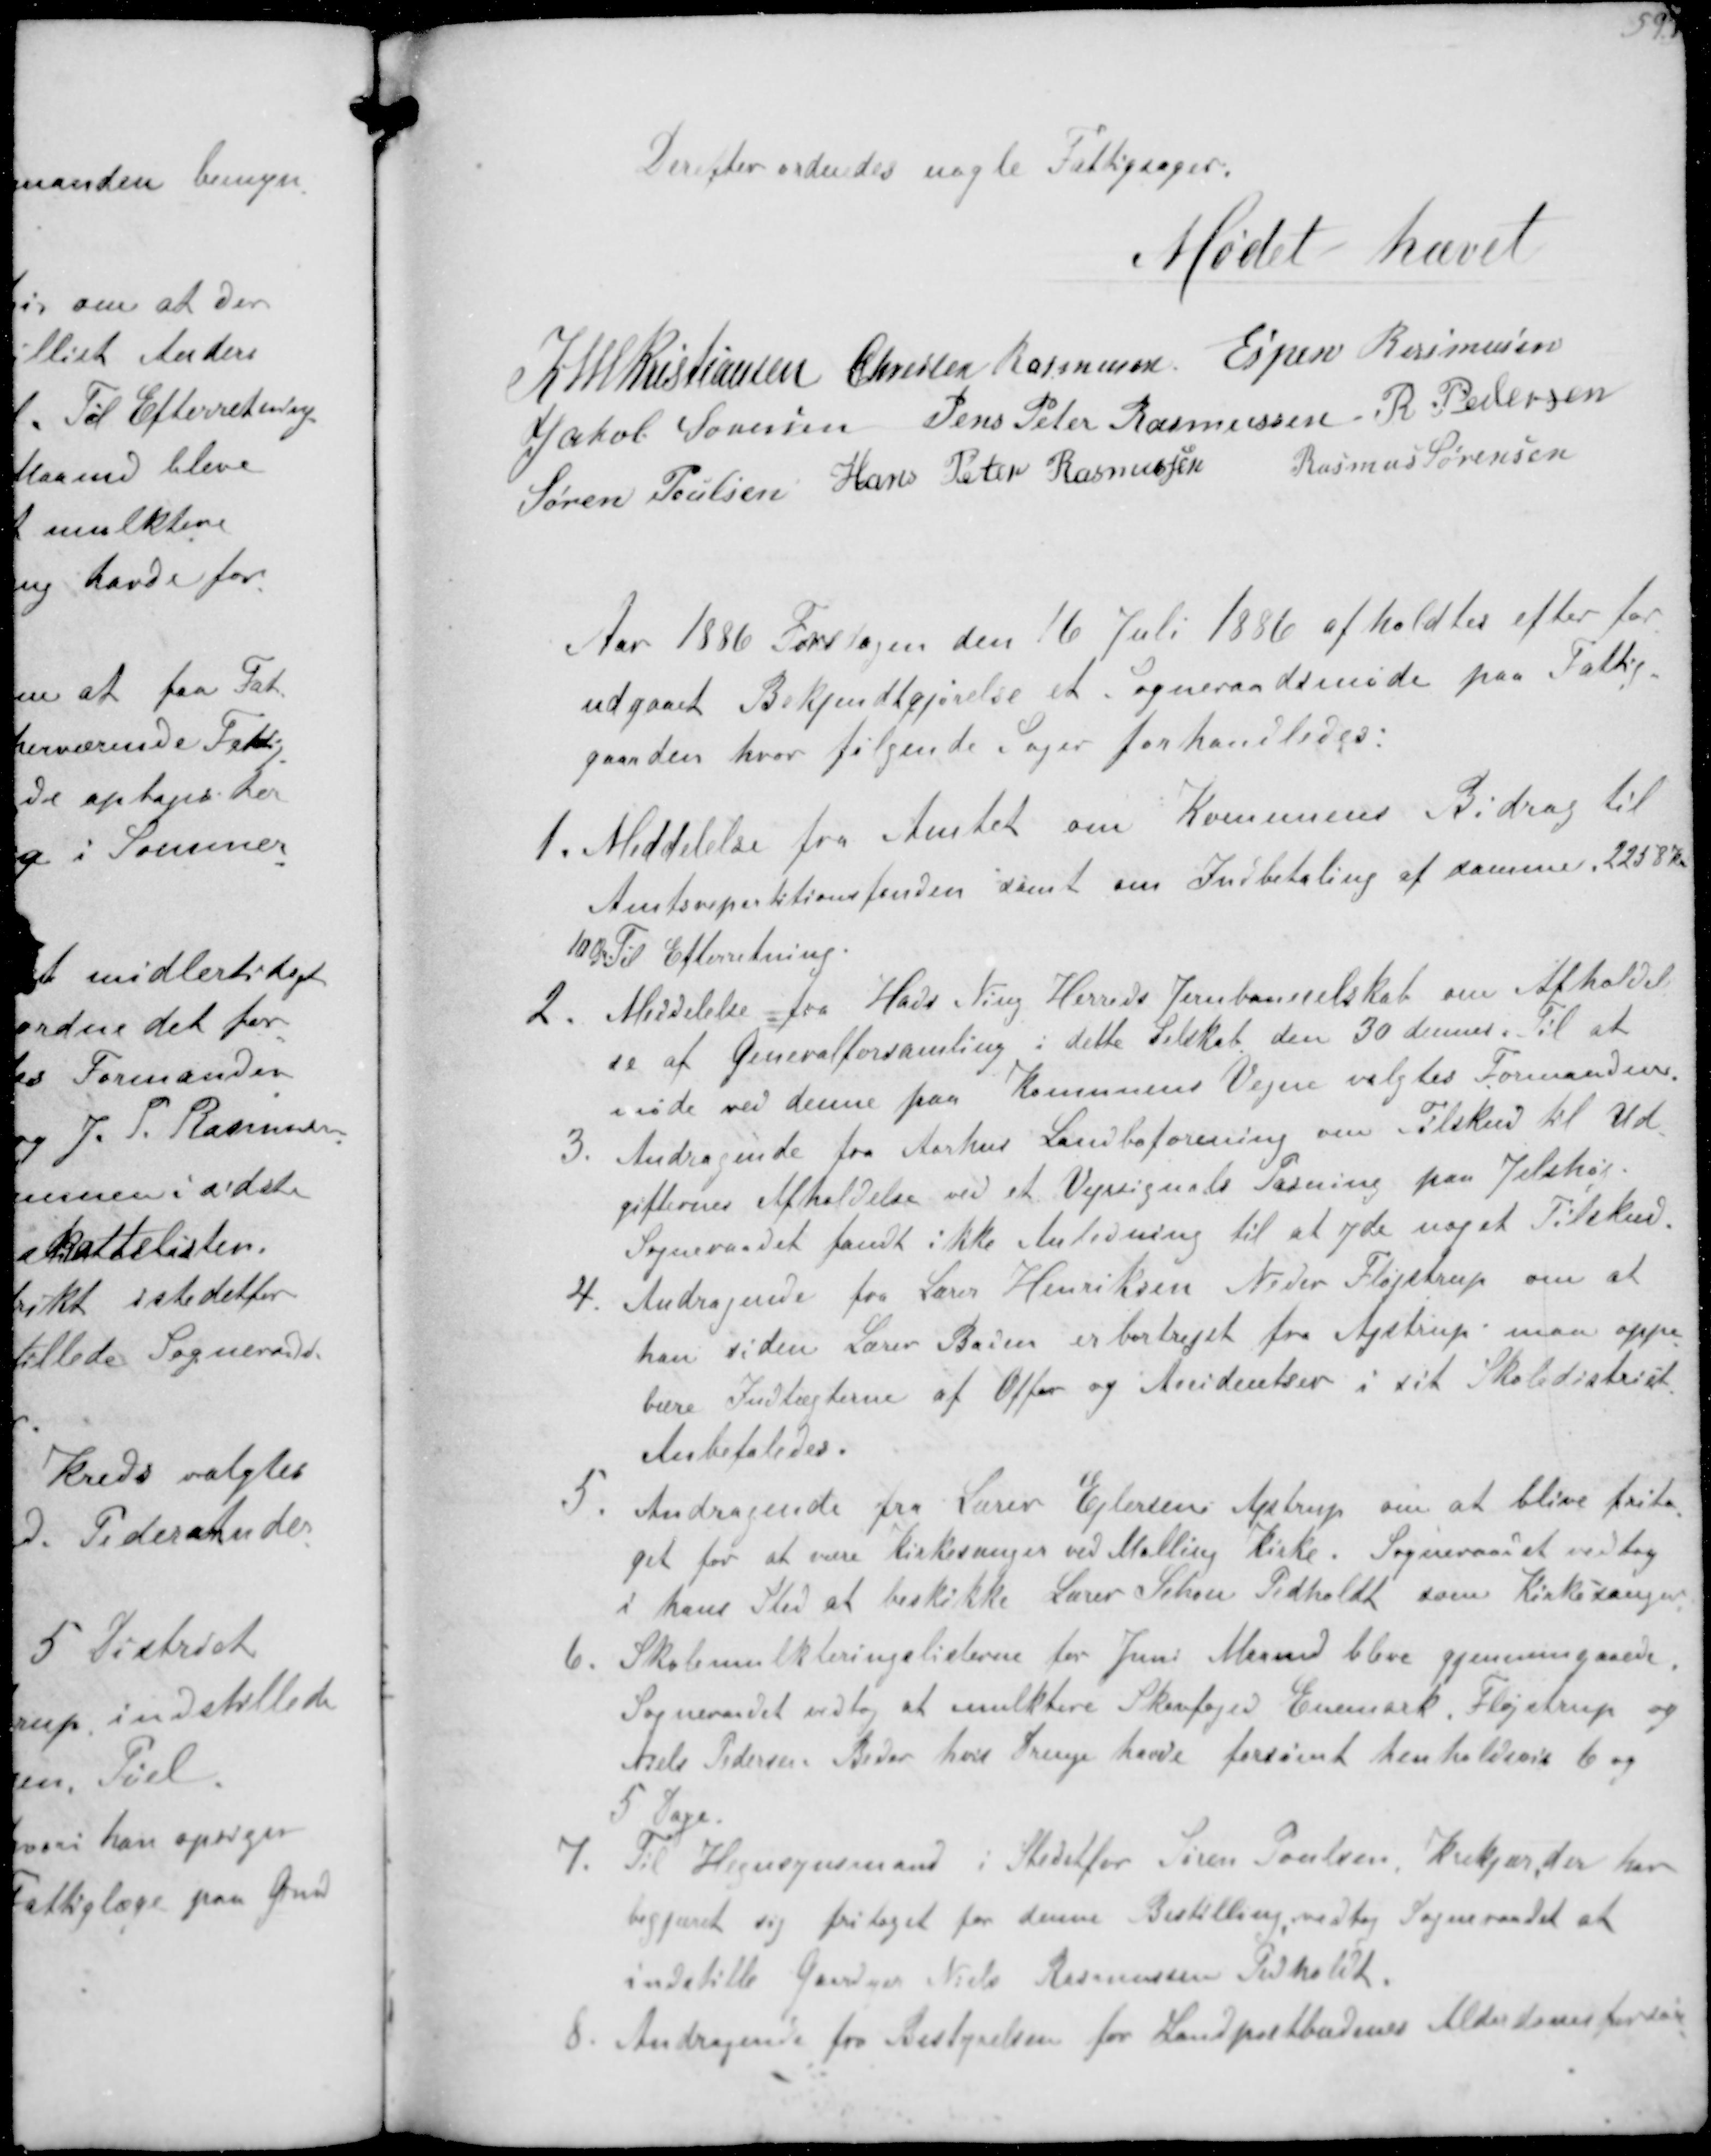
Transskription:
Derefter ordnedes nogle Fattigsager.

Mødet hævet

K N M Kristiansen Chresten Rasmussen Espen Rasmussen
Jakob Sørensen Jens Peter Rasmussen R Pedersen
Søren Poulsen Hans Peter Rasmussen
Rasmus Sørensen

Aar 1886 Torsdagen den 16 Juli 1886 afholdtes efter for-
udgaaet Bekjendtgørelse et Sogneraadsmøde paa Fattig-
gaarden hvor følgende Sager forhandledes.
1. Meddelelse fra Amtet om Kommunens Bidrag til
Amtsrepartitionsfonden samt om Indbetaling af samme 2258 Kr
10 Øre Til Efterretning.
2. Meddelelse fra Hads Ning Herreds Jernbaneselskab om Afholdel-
se af Generalforsamling i dette Selskab den 30 dennes. Til at
møde ved denne paa Komunens Vejne valgtes Formanden.
3. Andragende fra Aarhus Landboforening om Tilskud til Ud-
gifternes Afholdelse ved et Vejssignals Pasning paaJelshøj.
Sogneraadet fandt ikke Anledning til at yde noget Tilskud
4. Andragende fra Lærer Henriksen Neder Fløjstrup om at
han siden Lærer Baien er bortrejst fra Astrup maa oppe-
bære Indtægterne af Offer og Anidenter i sit Skoledistrict
Anbefaledes.
5. Andragende fra Lærer Ejlersen Astrup om at blive frita-
get for at være Kirkesanger ved Malling Kirke. Sogneraadet vedtog
i hans Sted at beskikke Lærer Schou Pedholdt som Kirkesanger
6. Skolemulkteringslisterne for Juni Maaned blev gennemgaaede,
Sogneraadet vedtog at mulktere Skovfoged Enemark, Fløjstrup og
Niels Pedersen Beder hvis Drenge havde forsømt henholder 6 og
5 Dage
7. Til Hegnsynsmand i Stedetfor Søren Poulsen Krekjær der her
begjæret sig fritaget for denne Bestilling vedtog Sogneraadet at
indstille Gaardejer Niels Rasmussen Pedholdt,
8. Andragende fra Bestyrelsen for Landpostbudenes Alderdomsforsør-